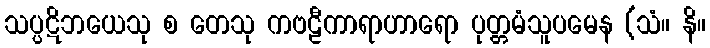
သပ္ပဋိဘယေသု စ တေသု ကဗဠီကာရာဟာရော ပုတ္တမံသူပမေန (သံ။ နိ။